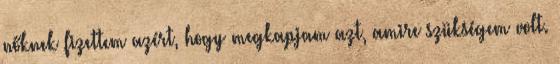
nőknek fizettem azért, hogy megkapjam azt, amire szükségem volt.